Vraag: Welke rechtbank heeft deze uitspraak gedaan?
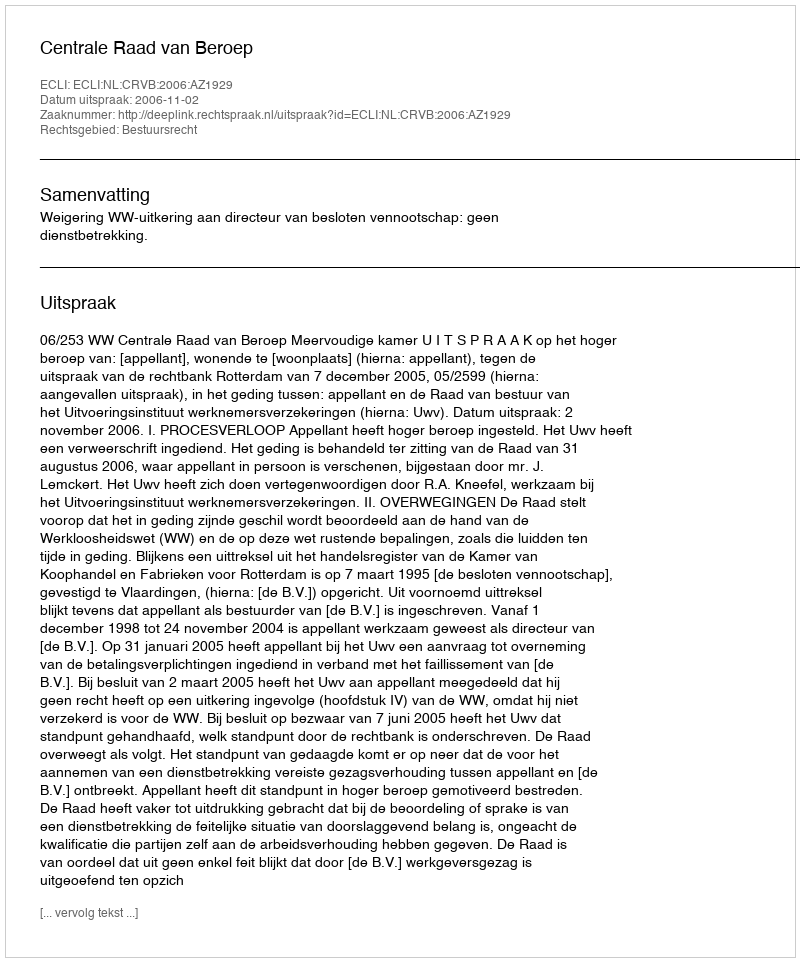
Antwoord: Centrale Raad van Beroep